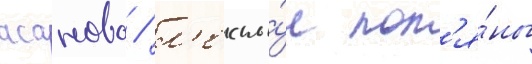
асаново / л'есны́е пол'я́ны